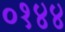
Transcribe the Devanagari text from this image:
०१४४